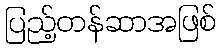
ပြည့်တန်ဆာအဖြစ်